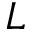
L